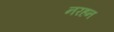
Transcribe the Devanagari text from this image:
नरहन